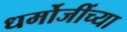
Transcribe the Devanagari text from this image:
धर्मोजींच्या